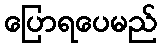
ပြောရပေမည်